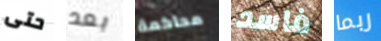
حتى بعد محاكمة فاسد ربما